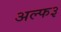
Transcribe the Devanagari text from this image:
अल्फ३